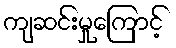
ကျဆင်းမှုကြောင့်